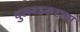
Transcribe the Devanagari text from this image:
धुलवडकराचा